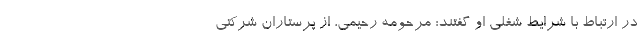
در ارتباط با شرایط شغلی او گفتند: مرحومه رحیمی، از پرستاران شرکتی